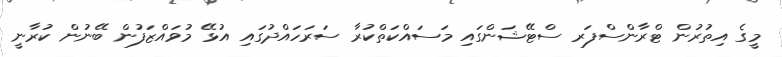
މީގެ އިތުރުން ޓްރާންސްފަރ ސްޓޭޝަންގައި މަސައްކަތްކުރާ ސަރަހައްދުގައި އުޅޭ މުވައްޒަފުން ބޭނުން ކުރާނީ